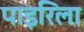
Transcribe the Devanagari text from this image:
पाइरिला